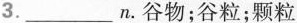
3. ___ n.谷物;谷粒;颗粒